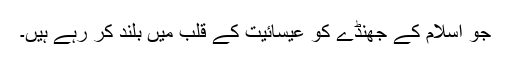
جو اسلام کے جھنڈے کو عیسائیت کے قلب میں بلند کر رہے ہیں۔